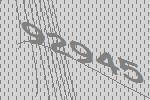
92945